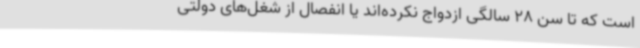
است که تا سن 28 سالگی ازدواج نکرده‌اند یا انفصال از شغل‌های دولتی